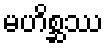
မဟိစ္ဆဿ